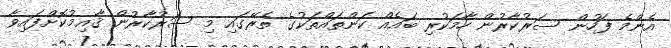
އެންމެ ފަހުން ސަރުކާރުން ހާމަކުރި ބައެއް ކަންތައްތަކުގެ ތެރޭގައި މި ސަރުކާރުން ޤާއިމުކޮށްފައިވާ